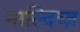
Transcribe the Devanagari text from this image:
माल्दिव्ज़